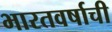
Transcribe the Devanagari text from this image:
भारतवर्षाची